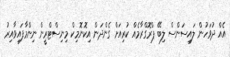
އެއް ދުވަހުން ލައިސަންސް ލިބޭ ޕްރޮގްރާމެއް ކުރިއަށް ގެންދަން އިކޮނޮމިކް މިނިސްޓްރީން ނިންމާފައިވާއިރު